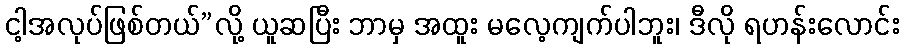
ငါ့အလုပ်ဖြစ်တယ်”လို့ ယူဆပြီး ဘာမှ အထူး မလေ့ကျက်ပါဘူး၊ ဒီလို ရဟန်းလောင်း